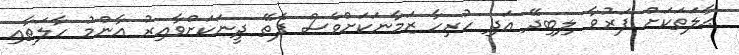
ޙާލަތަކަށް ފަރުވާ ލިބިދޭ އަދި ހުރިހާ ޒަމާނަކަށްވެސް ފެތޭ ދީނަކަށްވާއިރު އާންމު ހާލަތާއި